画像に写った文字を読んでください
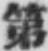
「第」と書いてあります